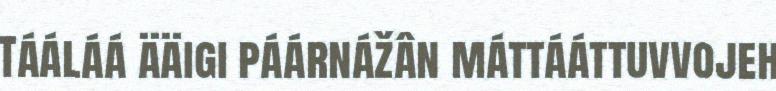
Tááláá ääigi páárnážân máttááttuvvojeh